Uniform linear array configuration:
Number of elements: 16
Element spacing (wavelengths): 1
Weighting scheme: blackman
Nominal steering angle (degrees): -15
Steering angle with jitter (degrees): -15.085
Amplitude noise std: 0.05
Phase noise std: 0.05

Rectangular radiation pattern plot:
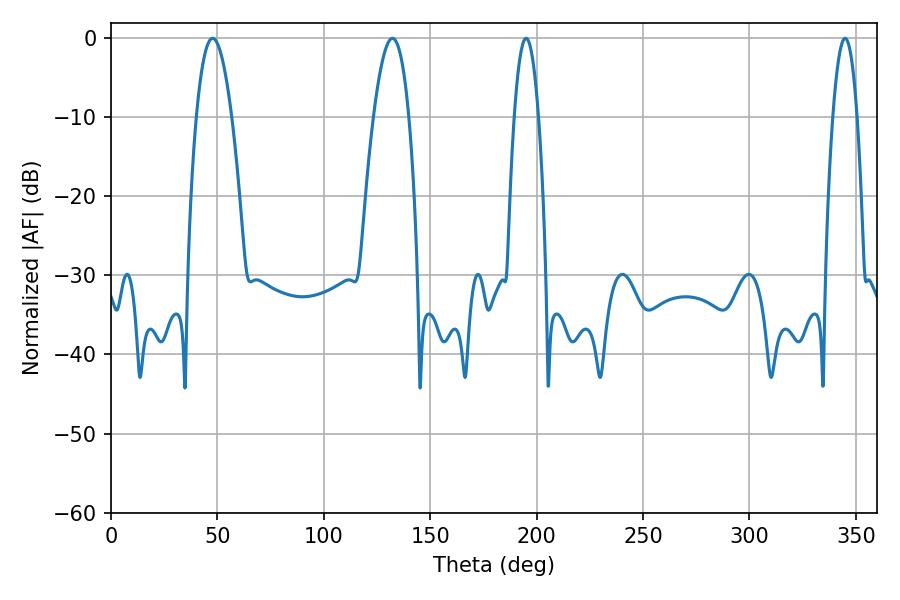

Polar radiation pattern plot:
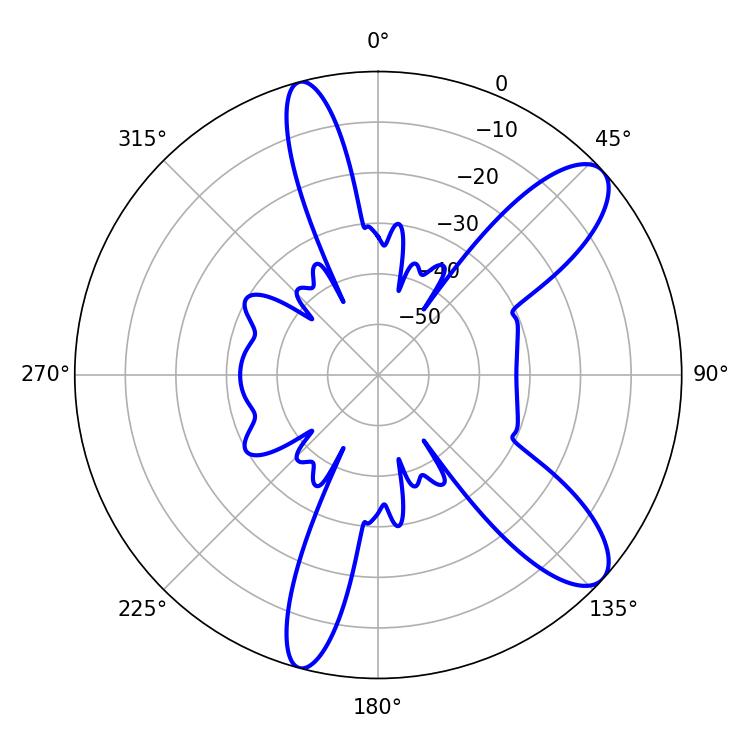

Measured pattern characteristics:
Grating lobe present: TRUE
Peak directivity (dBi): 10.152
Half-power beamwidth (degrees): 9.18
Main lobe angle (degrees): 47.7